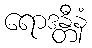
ရောဒန္တီနံ